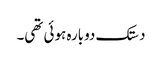
دستک دوبارہ ہوئی تھی۔